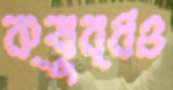
ক্ষুব্ধও